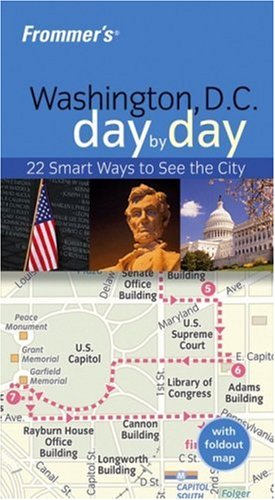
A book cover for Frommer's Washington D.C. Day by Day (Frommer's Day by Day - Pocket); Lauren Paige Kennedy; Travel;